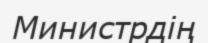
Министрдің